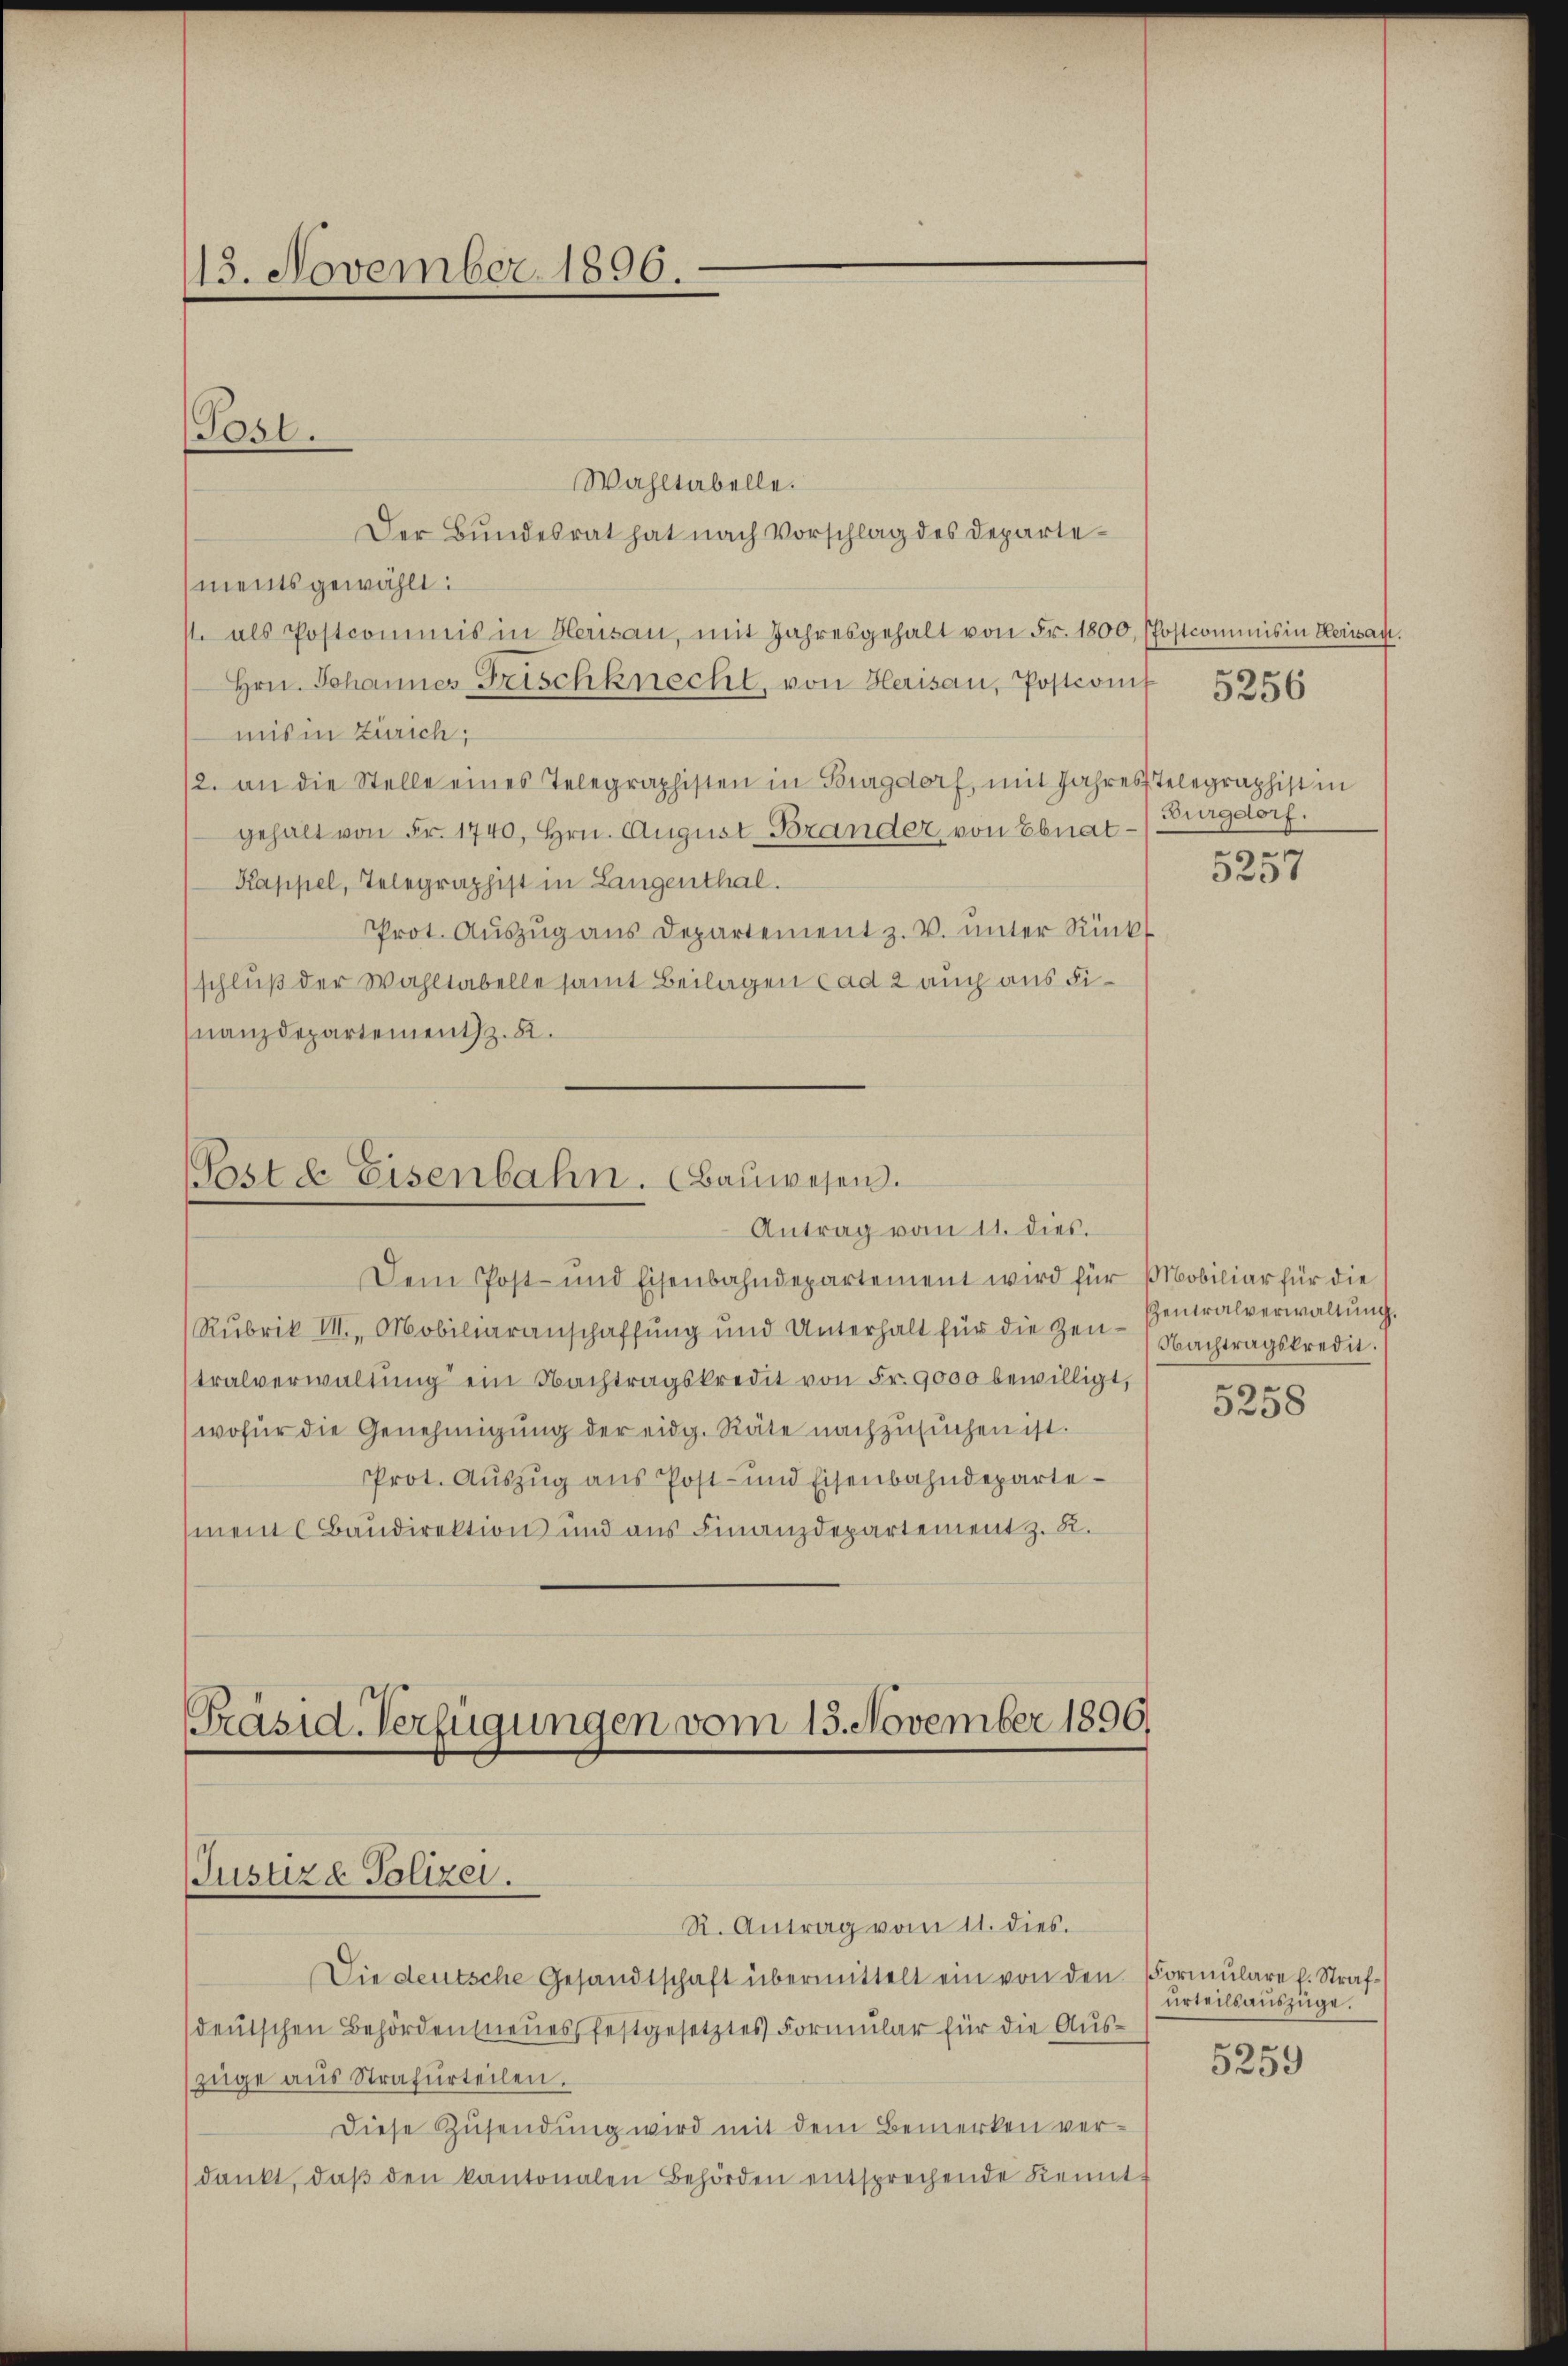
113. November 1896.

Wahltabelle.
Der Bundesrat hat nach Vorschlag des Departements gewählt:
1. als Postcommis in Herisau, mit Jahresgehalt von Fr. 1800, (Postcommis in Herisau.
Hrn. Johannes Frischknecht, von Herisau, Postconif
mis in Zürich;
12. an die Stelle eines Telegraphisten in Burgdorf, mit Jahrestelegraphist in
gehalt von Fr. 1740, Hrn. August-Brander von Ebnat¬
Kappel, Telegraphist in Langenthal.
Prot. Auszug aus Departement z. V. unter Rückt
schluß der Wahltabelle samt Beilagen ad 2 auch aus Finanzdepartement z. B.

(Post.

Post & Eisenbahn. Bauwesen.
Antrag vom 11. dies.

Präsid. Verfügungen vom 15. November 1890.
Justizd Polizei.

Dem Post- und Eisenbahndepartement wird für Mobiliar für die
Rubrik VII., Mobiliaranschaffŭng und Unterhalt für die Zeit-Nachtragskredit.
tralverwaltung ein Nachtragskredit von Fr. 9000 bewilligt,
wofür die Genehmigung der eidg. Räte nachzusuchen ist.
Prot. Auszug aus Post- und Eisenbahndepartement Baudirektion und aus Finanzdepartement z. R.

R. Antrag vom 11. dies.

Die deutsche Gesandtschaft übermittelt ein von den Formulare f. Strafdeutschen Behörden neues festgesetztes Formular für die Auszüge aus Strafurteilen.
Diese Zusendung wird mit dem Bemerken verdankt, daβ den kantonalen Behörden entsprechende Remitt

Burgdorf.

5256

s
3237

Zentralverwaltung.

5258

urteilsauszüge.

5259